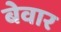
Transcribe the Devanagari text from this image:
बेवार